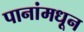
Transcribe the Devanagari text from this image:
पानांमधून